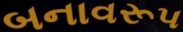
બનાવરૂપ